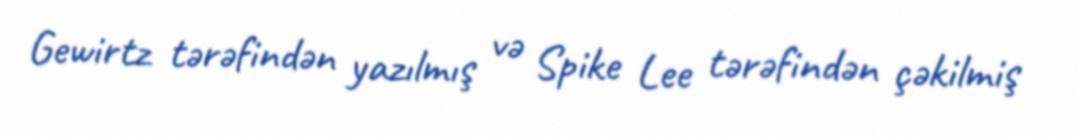
Gewirtz tərəfindən yazılmış və Spike Lee tərəfindən çəkilmiş